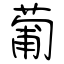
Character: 葡